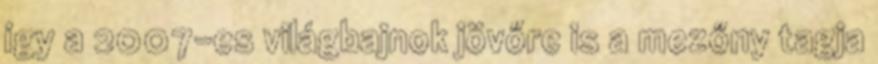
így a 2007-es világbajnok jövőre is a mezőny tagja